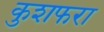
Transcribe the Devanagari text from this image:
कुशफरा